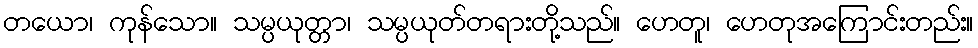
တယော၊ ကုန်သော။ သမ္ပယုတ္တာ၊ သမ္ပယုတ်တရားတို့သည်။ ဟေတူ၊ ဟေတုအကြောင်းတည်း။